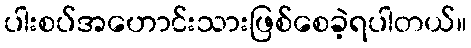
ပါးစပ်အဟောင်းသားဖြစ်စေခဲ့ရပါတယ်။